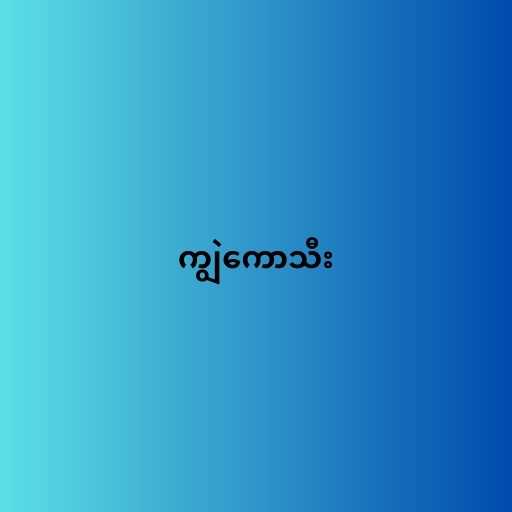
ကျွဲကောသီး